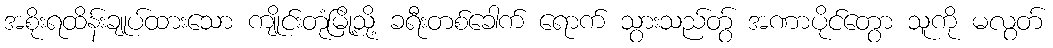
အစိုးရထိန်းချုပ်ထားသော ကျိုင်းတုံမြို့သို့ ခရီးတစ်ခေါက် ရောက် သွားသည်တွ် အဏာပိုင်တွော သူကို မလွတ်